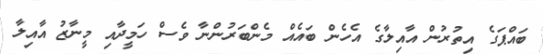
ބައްޕަގެ އިތުރުން އާއިލާގެ އެހެން ބައެއް މެންބަރުންނާ ވެސް ހަމީދާއި މީނާޒު އާއިލާ